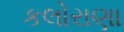
કલોરાણા